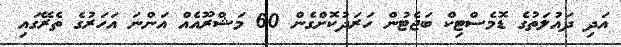
އަދި ދައުލަތުގެ ޑޮމެސްޓިކް ބަޖެޓުން ހަރަދުކޮށްގެން 60 މަޝްރޫއެއް އަންނަ އަހަރުގެ ތެރޭގައި